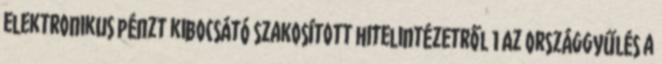
elektronikus pénzt kibocsátó szakosított hitelintézetről 1 Az Országgyűlés a